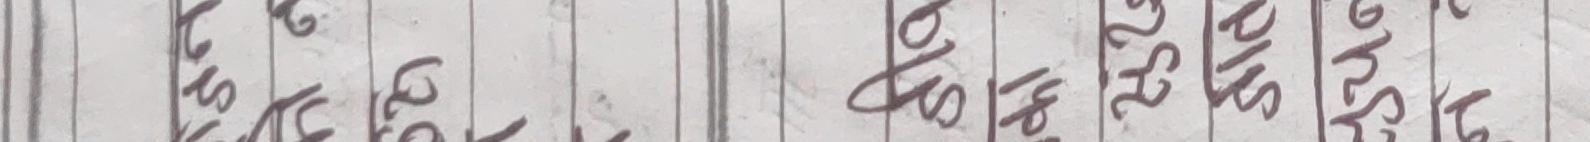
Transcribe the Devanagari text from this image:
विस शि ख त स | १० ४ ७ २ १ | स श क ख ग | स श स त द | २५ २८ २२ २५ २८ | १८ २८ २२ २५ २८ | २२ २५ २२ २५ २५ | २५ २२ २५ २८ २५